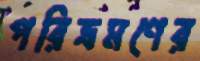
পরিভ্রমণের